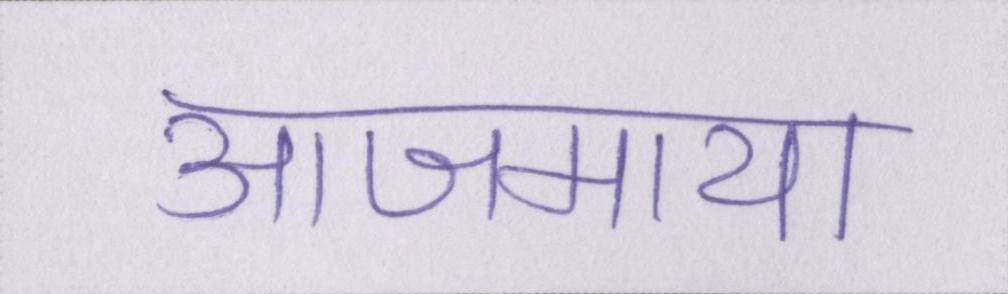
आजमाया